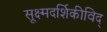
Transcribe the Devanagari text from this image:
सूक्ष्मदर्शिकीविद्